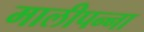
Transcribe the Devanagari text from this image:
मालीपन्‍ना